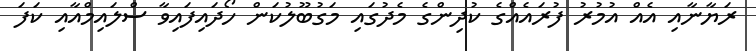
ރަޔާނާއި އެއް އުމުރު ފުރައެއްގެ ކުދިންގެ މެދުގައި މަގުބޫލުކަން ހޯދައިފައިވާ ސްލައިމްއާއި ކަފަ